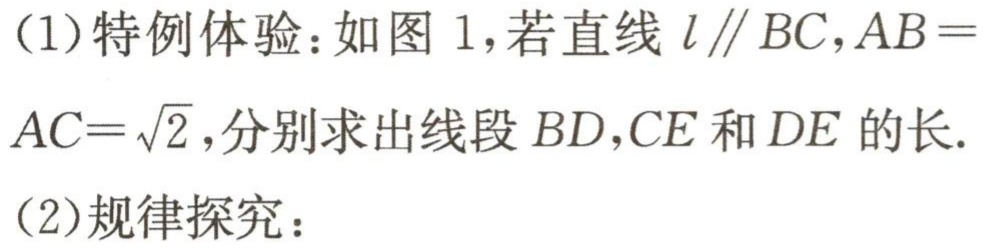
(1)特例体验：如图1，若直线\(l\parallel BC\)，\(AB = AC=\sqrt{2}\)，分别求出线段\(BD\)，\(CE\)和\(DE\)的长.
(2)规律探究：